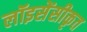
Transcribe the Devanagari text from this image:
लॉइसेंसीकृत